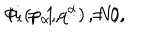
LaTeX: \Phi _ { i } ( p _ { \alpha } , q ^ { \alpha } ) = 0 , \hspace { . 5 i n } ( i = 1 , \cdots , N ) ,